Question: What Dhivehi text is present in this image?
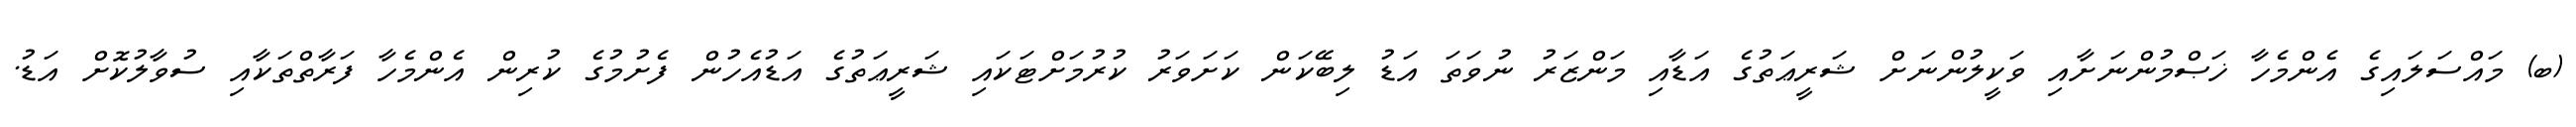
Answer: (ބ) މައްސަލައިގެ އެންމެހާ ޚަޞްމުންނަށާއި ވަކީލުންނަށް ޝަރީޢަތުގެ އަޑާއި މަންޒަރު ނުވަތަ އަޑު ލިބޭކަން ކަށަވަރު ކުރުމަށްޓަކައި ޝަރީޢަތުގެ އަޑުއެހުން ފެށުމުގެ ކުރިން އެންމެހާ ފަރާތްތަކާއި ސުވާލުކޮށް އަޑު.